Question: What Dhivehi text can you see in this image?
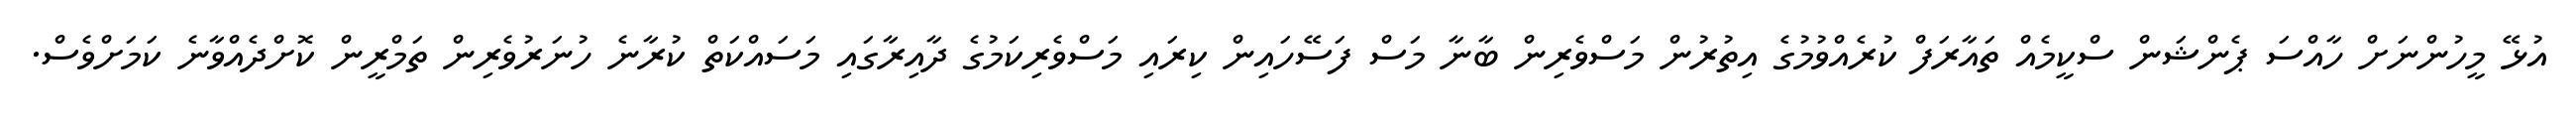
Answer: އުޅޭ މީހުންނަށް ހާއްސަ ޕެންޝަން ސްކީމެއް ތައާރަފް ކުރެއްވުމުގެ އިތުރުން މަސްވެރިން ބާނާ މަސް ފަސޭހައިން ކިރައި މަސްވެރިކަމުގެ ދާއިރާގައި މަސައްކަތް ކުރާނެ ހުނަރުވެރިން ތަމްރީން ކޮށްދެއްވާނެ ކަމަށްވެސް.